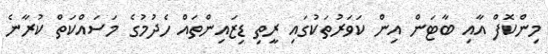
މިންކޮފް އާއި ބާޓަން އިން ކަވަރުތަކުގައި ރީތި ޑިޒައިންތައް ހެދުމުގެ މަސައްކަތް ކުރާނެ